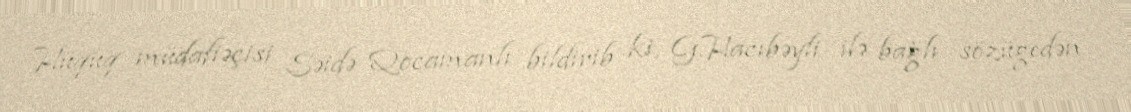
Hüquq müdafiəçisi Səidə Qocamanlı bildirib ki, G.Hacıbəyli ilə bağlı sözügedən